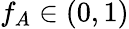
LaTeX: f_{A}\in(0,1)